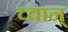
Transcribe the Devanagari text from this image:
च्वान्